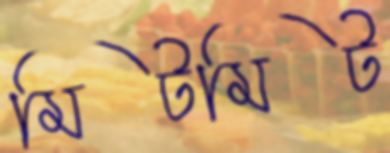
মিটমিট